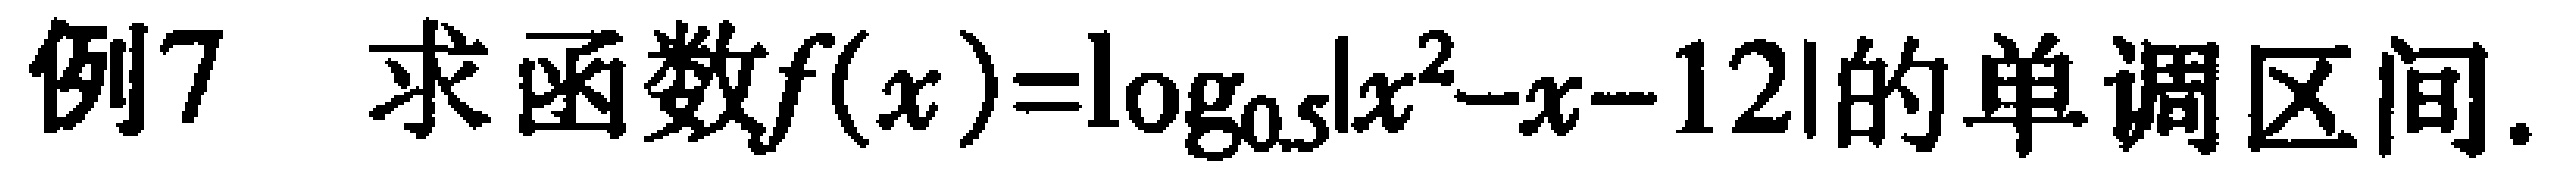
例7 求函数\(f(x)=\log_{0.5}|x^{2}-x - 12|\)的单调区间.